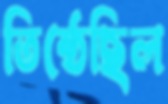
তিষ্ঠেছিল